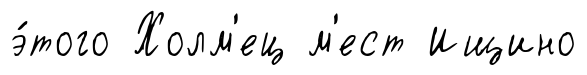
э́того Холм'ец м'ест Ищино